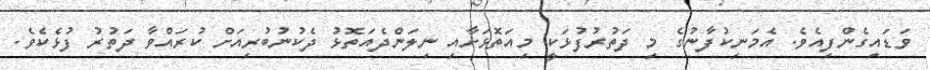
ވަޑައިގެންފިއެވެ. އެމަނިކުފާނުގެ މި ދަތުރުފުޅަކީ މިއަތޮޅަށާއި ނިލަންދެއަތޮޅު ދެކުނުބުރިއަށް ކުރައްވާ ދަތުރު ފުޅެކެވެ.